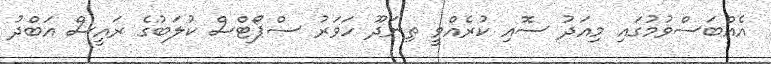
އެއްބަސްވުމުގައި މިއަދު ސޮއި ކުރެއްވީ ތިނަދޫ ހަވަރު ސްޕޯޓްސް ކުލަބުގެ ރައީސް އަބްދު